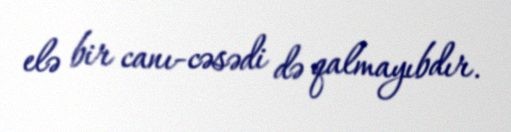
elə bir canı-cəsədi də qalmayıbdır.